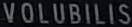
VOLUBILIS